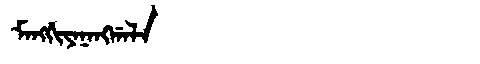
Manchu: ᠮᠠᠩᡤᡳᠶᠠᠨᠠᠩᡤᠠᠯᠠ
Romanization: MANGGIYANANGGALA